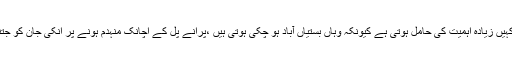
نئے پل اگر تعمیر کرنا نہایت ضروری ہیں تو پرانے ٹوٹے پھوٹے کمزور سے پلوں کی تعمیر اس سے کہیں زیادہ اہمیت کی حامل ہوتی ہے کیونکہ وہاں بستیاں آباد ہو چکی ہوتی ہیں ،پرانے پل کے اچانک منہدم ہونے پر انکی جان کو جتنا خطرہ لاحق ہوتا ہے اس سے کہیں زیادہ خطرہ ،ان "خطرناک" لوگوں سے ہمارے ایمان کودرپیش ہے ۔